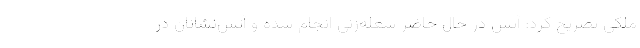
ملکی تصریح کرد: آتش در حال حاضر شعله‌زنی انجام شده و آتش‌نشانان در